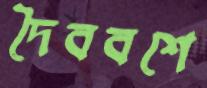
দৈববশে